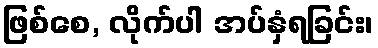
ဖြစ်စေ, လိုက်ပါ အပ်နှံရခြင်း၊